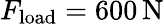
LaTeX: F_{\mathrm{load}}=600\, \mathrm{N}